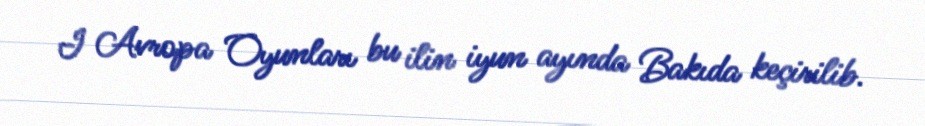
I Avropa Oyunları bu ilin iyun ayında Bakıda keçirilib.